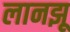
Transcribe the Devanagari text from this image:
लानझू